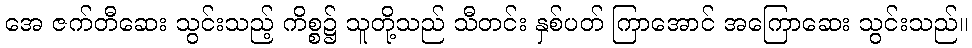
အေ ဇက်တီဆေး သွင်းသည့် ကိစ္စ၌ သူတို့သည် သီတင်း နှစ်ပတ် ကြာအောင် အကြောဆေး သွင်းသည်။